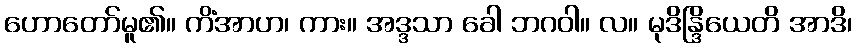
ဟောတော်မူ၏။ ကိံအာဟ၊ ကား။ အဒ္ဒသာ ခေါ ဘဂဝါ။ လ။ မုဒိန္ဒြိယေတိ အာဒိ၊